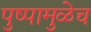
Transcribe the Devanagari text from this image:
पुष्पामुळेच